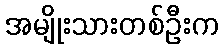
အမျိုးသားတစ်ဦးက